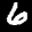
Label: 6